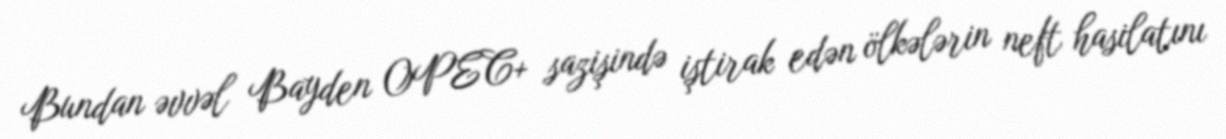
Bundan əvvəl Bayden OPEC+ sazişində iştirak edən ölkələrin neft hasilatını